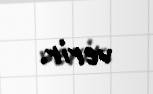
verir.